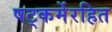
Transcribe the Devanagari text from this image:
षट्‍कर्मेरहित